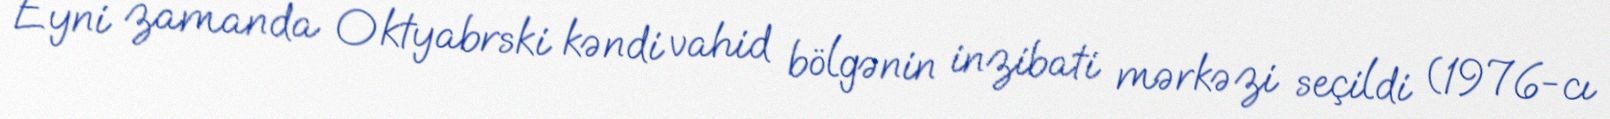
Eyni zamanda Oktyabrski kəndi vahid bölgənin inzibati mərkəzi seçildi (1976-cı